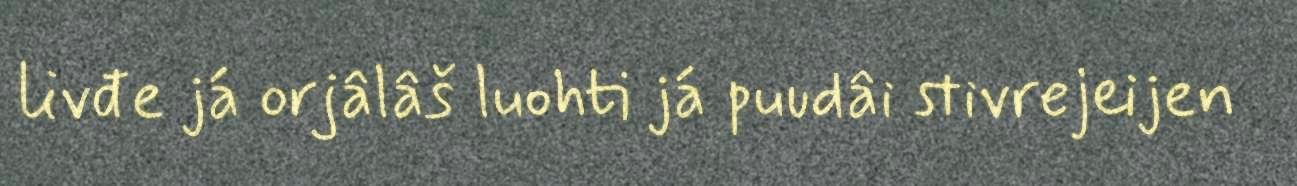
livđe já orjâlâš luohti já puudâi stivrejeijen